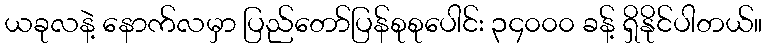
ယခုလနဲ့ နောက်လမှာ ပြည်တော်ပြန်စုစုပေါင်း ၃၄၀၀၀ ခန့် ရှိနိုင်ပါတယ်။